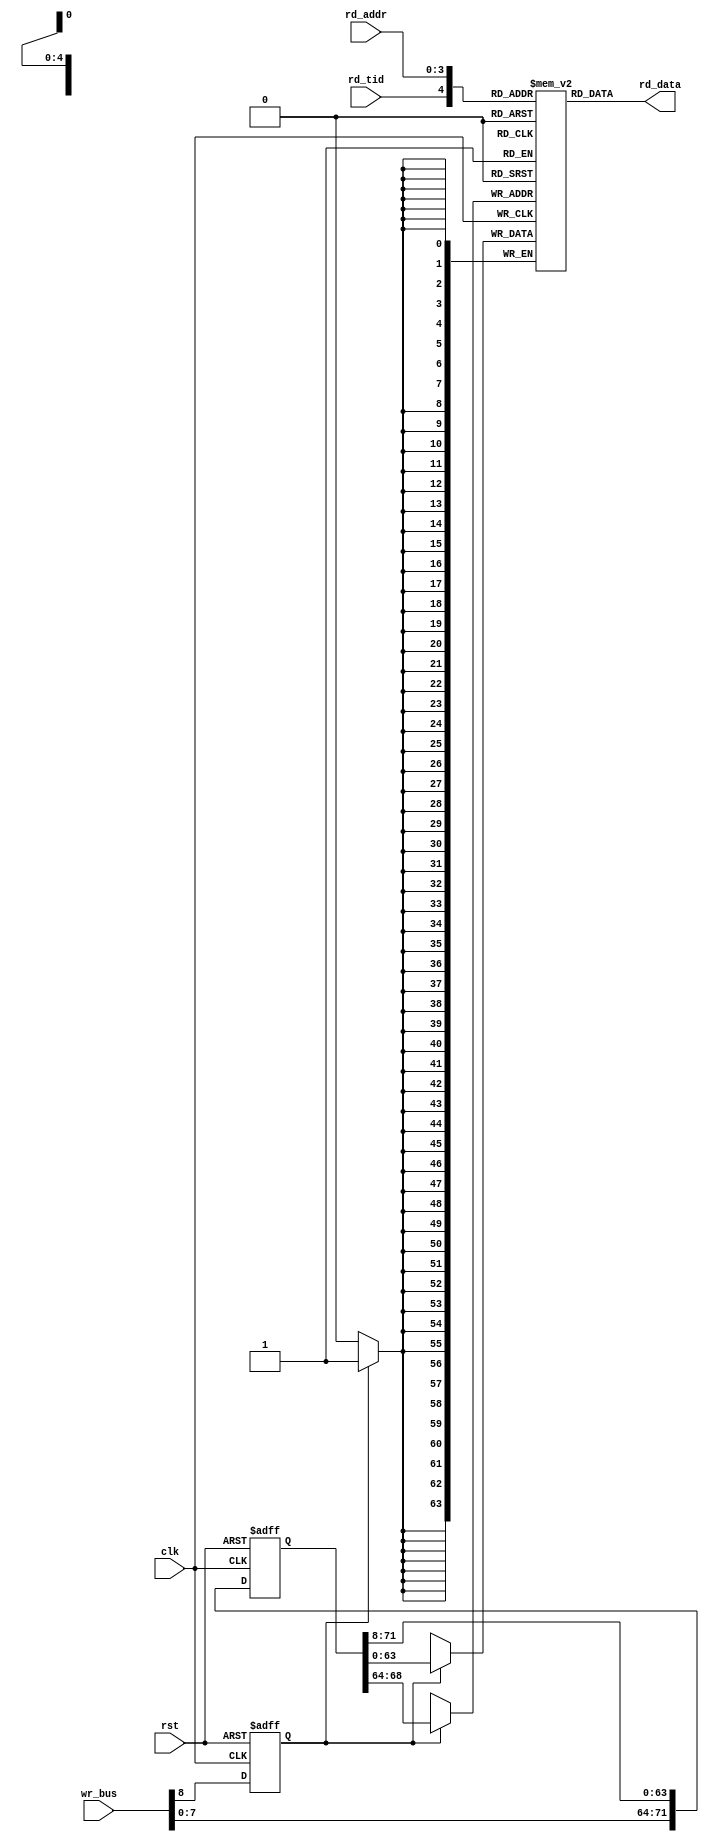
//==============================================================================================
//    Main contributors
//      - Adam Luczak         <mailto:adam.luczak@outlook.com>
//==============================================================================================
`default_nettype none
//----------------------------------------------------------------------------------------------
`timescale 1ns / 1ns                            
//==============================================================================================
module eco32_core_mpu_erx 
(
 input  wire         clk,
 input  wire         rst,

 input  wire   [8:0] wr_bus,

 input  wire         rd_tid,
 input  wire   [3:0] rd_addr,
 output wire  [63:0] rd_data
);
//==============================================================================================
//  params
//==============================================================================================
parameter               FORCE_RST   =     0;
//==============================================================================================
// variables
//==============================================================================================
reg     [63:0]  erx [31:0]; 
reg     [71:0]  wr_buff; // 64 + {1(tid),4(addr)}
reg             wr_tag; 
//==============================================================================================
// deserialiser
//==============================================================================================
always@(posedge clk or posedge rst)
 if(rst)    wr_buff                 <=                                                      'd0;        
 else       wr_buff                 <=                              {wr_bus[7:0],wr_buff[71:8]};        
//----------------------------------------------------------------------------------------------         
always@(posedge clk or posedge rst)                                                                          
 if(rst)    wr_tag                  <=                                                      'd0;        
 else       wr_tag                  <=                                                wr_bus[8];        
//==============================================================================================
wire        wr_ena                   =                                                   wr_tag;
wire        wr_tid                   =                                           wr_buff[   68];
wire  [3:0] wr_addr                  =                                           wr_buff[67:64];
wire [63:0] wr_data                  =                                           wr_buff[63: 0];
//----------------------------------------------------------------------------------------------
always@(posedge clk)
 if(wr_ena) erx[{wr_tid,wr_addr}]  <=                                                   wr_data;
//----------------------------------------------------------------------------------------------
assign      rd_data                 =                                     erx[{rd_tid,rd_addr}];
//==============================================================================================
endmodule